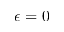
\epsilon = 0